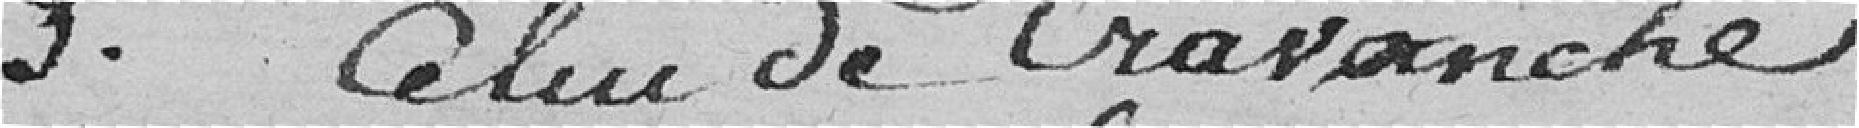
3° Celui de Cravanche